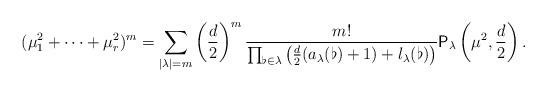
LaTeX: \begin{align*}(\mu_1^2+\cdots+\mu_r^2)^m=\sum_{|\lambda|=m}\left(\frac{d}{2}\right)^m\frac{m!}{\prod_{\flat\in\lambda}\left(\frac{d}{2}(a_\lambda(\flat)+1)+l_\lambda(\flat)\right)}\mathsf P_\lambda\left(\mu^2,\frac{d}{2}\right).\end{align*}